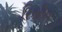
રિસીવ